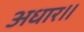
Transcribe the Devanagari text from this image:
अधार॥